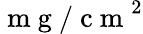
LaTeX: \mathrm{~m~g~/~c~m~}^{2}